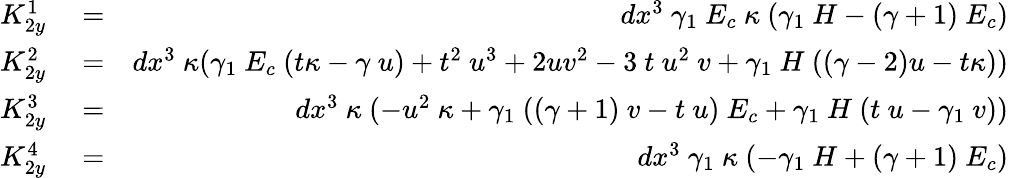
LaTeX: \begin{array}{rlr}{K_{2y}^{1}}&{{}=}&{dx^{3}~\gamma_{1}~E_{c}~\kappa~(\gamma_{1}~H-(\gamma+1)~E_{c})}\\ {K_{2y}^{2}}&{{}=}&{dx^{3}~\kappa(\gamma_{1}~E_{c}~(t\kappa-\gamma~u)+t^{2}~u^{3}+2uv^{2}-3~t~u^{2}~v+\gamma_{1}~H~((\gamma-2)u-t\kappa))}\\ {K_{2y}^{3}}&{{}=}&{dx^{3}~\kappa~(-u^{2}~\kappa+\gamma_{1}~((\gamma+1)~v-t~u)~E_{c}+\gamma_{1}~H~(t~u-\gamma_{1}~v))}\\ {K_{2y}^{4}}&{{}=}&{dx^{3}~\gamma_{1}~\kappa~(-\gamma_{1}~H+(\gamma+1)~E_{c})}\end{array}